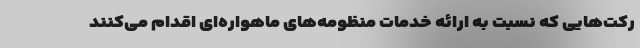
رکت‌هایی که نسبت به ارائه خدمات منظومه‌های ماهواره‌ای اقدام می‌کنند